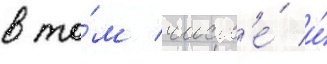
в то́м числ'е́ и́